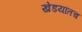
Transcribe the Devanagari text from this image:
खेडयांतच